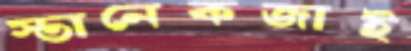
স্তানেকজাই